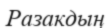
Разакдың